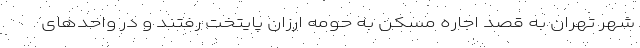
شهر تهران به قصد اجاره مسکن به حومه ارزان پایتخت رفتند و در واحدهای